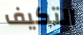
التكيف